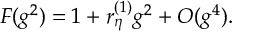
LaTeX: F ( g ^ { 2 } ) = 1 + r _ { \eta } ^ { ( 1 ) } g ^ { 2 } + { \cal O } ( g ^ { 4 } ) .